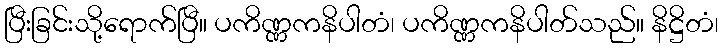
ပြီးခြင်းသို့ရောက်ပြီ။ ပကိဏ္ဏကနိပါတံ၊ ပကိဏ္ဏကနိပါတ်သည်။ နိဋ္ဌိတံ၊